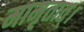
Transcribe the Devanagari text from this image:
मामृतात्‌।